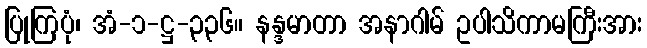
ပြုကြပုံ၊ အံ-၁-ဋ္ဌ-၃၃၆။ နန္ဒမာတာ အနာဂါမ် ဥပါသိကာမကြီးအား